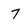
Character: 7